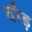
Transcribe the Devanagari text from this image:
वौड़